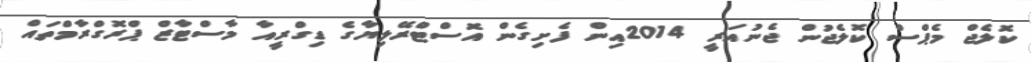
ކޮލެޖް މެޕްސް ކޮލެޖުން ޖެނުއަރީ 2014އިން ފެށިގެން އޮސްޓްރޭލިޔާގެ ޑިގްރީއާ މާސްޓާޒް ޕްރޮގްރާމްތައް